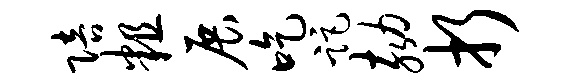
陪粗展吃距劾折